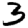
Digit: 3